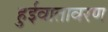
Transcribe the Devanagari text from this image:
हुईवातावरण